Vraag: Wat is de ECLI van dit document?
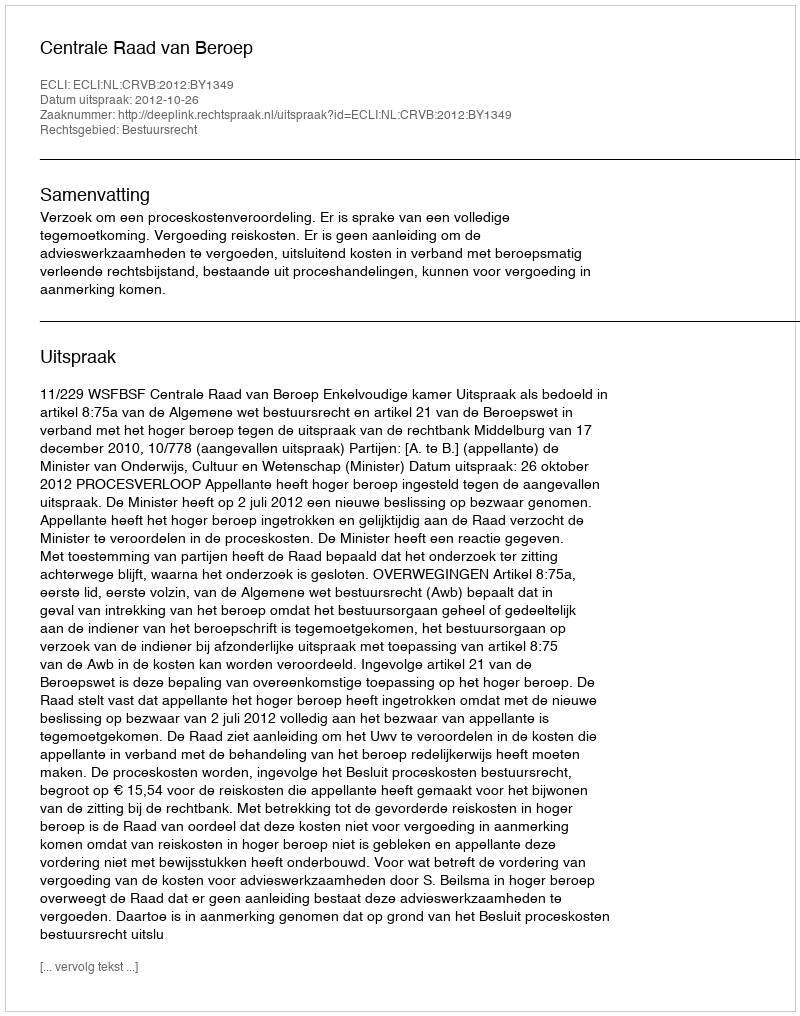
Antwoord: ECLI:NL:CRVB:2012:BY1349